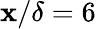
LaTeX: \mathbf{x}/\delta=6